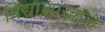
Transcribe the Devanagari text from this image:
विद्याशाखांचे